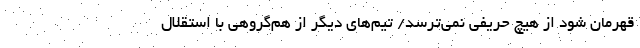
قهرمان شود از هیچ حریفی نمی‌ترسد/ تیم‌های دیگر از هم‌گروهی با استقلال